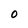
Character: O